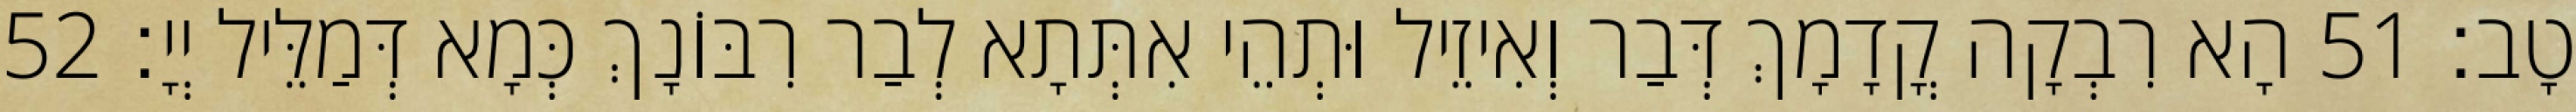
טָב׃ 51 הָא רִבְקָה קֳדָמָךְ דְּבַר וְאִיזֵיל וּתְהֵי אִתְּתָא לְבַר רִבּוֹנָךְ כְּמָא דְּמַלֵּיל יְיָ׃ 52